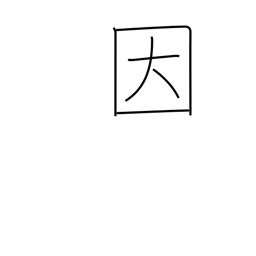
Meaning: be limited to